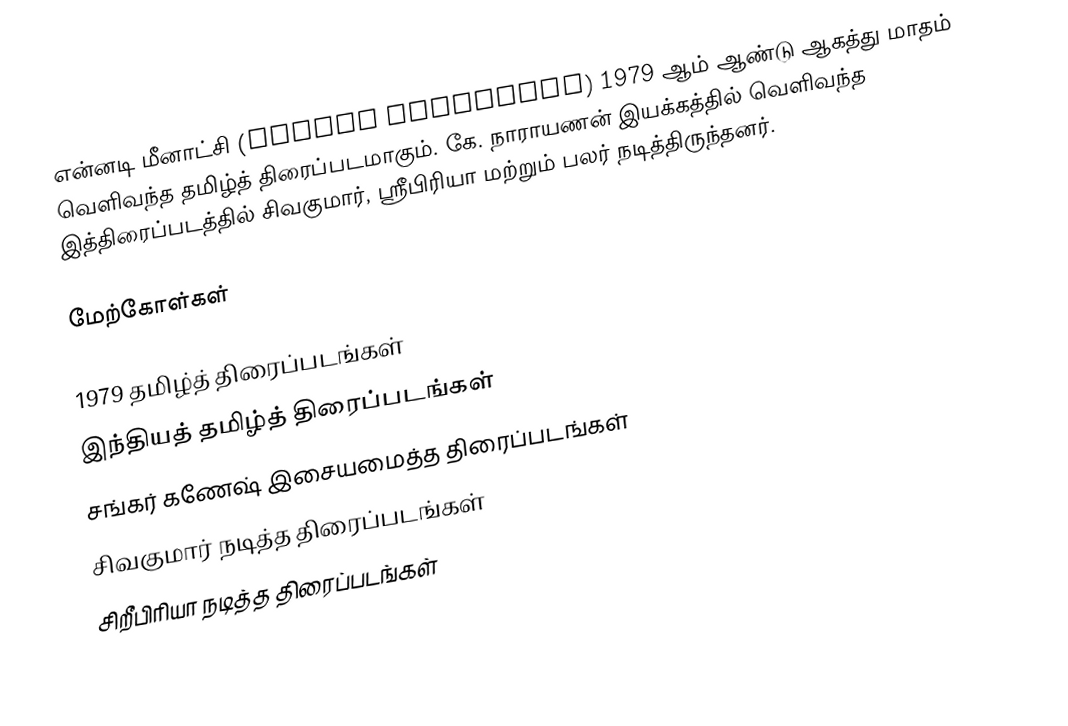
என்னடி மீனாட்சி (Ennadi Meenakshi) 1979 ஆம் ஆண்டு ஆகத்து மாதம் வெளிவந்த தமிழ்த் திரைப்படமாகும். கே. நாராயணன் இயக்கத்தில் வெளிவந்த இத்திரைப்படத்தில் சிவகுமார், ஸ்ரீபிரியா மற்றும் பலர் நடித்திருந்தனர்.

மேற்கோள்கள்

1979 தமிழ்த் திரைப்படங்கள்
இந்தியத் தமிழ்த் திரைப்படங்கள்
சங்கர் கணேஷ் இசையமைத்த திரைப்படங்கள்
சிவகுமார் நடித்த திரைப்படங்கள்
சிறீபிரியா நடித்த திரைப்படங்கள்